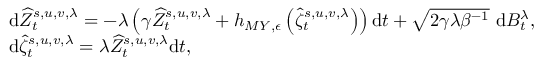
\begin{array} { r l } & { \mathrm { d } \widehat { Z } _ { t } ^ { s , u , v , \lambda } = - \lambda \left( \gamma \widehat { Z } _ { t } ^ { s , u , v , \lambda } + h _ { M Y , \epsilon } \left( \widehat { \zeta } _ { t } ^ { s , u , v , \lambda } \right) \right) \mathrm { d } t + \sqrt { 2 \gamma \lambda \beta ^ { - 1 } } \mathrm { ~ d } B _ { t } ^ { \lambda } , } \\ & { \mathrm { d } \widehat { \zeta } _ { t } ^ { s , u , v , \lambda } = \lambda \widehat { Z } _ { t } ^ { s , u , v , \lambda } \mathrm { d } t , } \end{array}